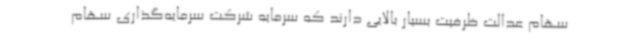
سهام عدالت ظرفیت بسیار بالایی دارند که سرمایه شرکت سرمایه‌گذاری سهام